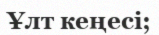
Ұлт кеңесі;